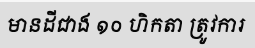
មានដីជាង ១០ ហិកតា ត្រូវការ